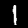
Label: 1